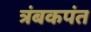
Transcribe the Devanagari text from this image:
त्रंबकपंत